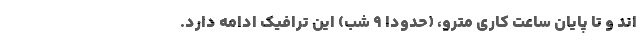
اند و تا پایان ساعت کاری مترو، (حدودا ۹ شب) این ترافیک ادامه دارد.